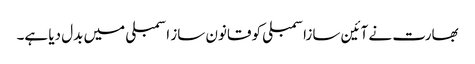
بھارت نے آئین سازاسمبلی کو قانون ساز اسمبلی میں بدل دیا ہے۔